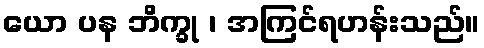
ယော ပန ဘိက္ခု ၊ အကြင်ရဟန်းသည်။